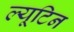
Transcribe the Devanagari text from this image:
ल्यूटिन